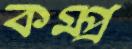
কম্প্র